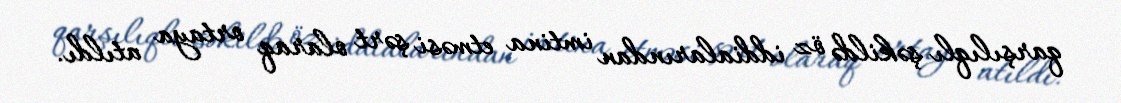
qarşılıqlı şəkildə öz iddialarından imtina etməsi şərt olaraq ortaya atıldı.